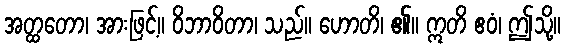
အတ္ထတော၊ အားဖြင့်။ ဝိဘာဝိတာ၊ သည်။ ဟောတိ၊ ၏။ ဣတိ ဧဝံ၊ ဤသို့။